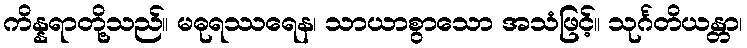
ကိန္နရာတို့သည်။ မဓုရဿရေန၊ သာယာစွာသော အသံဖြင့်။ သုင်္ဂတိယန္တာ၊